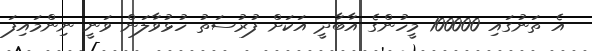
އެ ތަނުގައި 100000 މީހުންގެ އާބާދީ އަކަށް ފުރުސަތު ހުޅުވާލަން ވަނީ ނިންމައިފަ